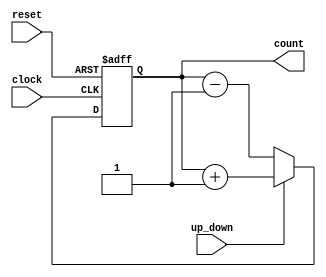
module UpDownCounter (
    input wire clock,
    input wire reset,
    input wire up_down,
    output reg [3:0] count
);

// Registers to store the count value
reg [3:0] count_reg;

always @(posedge clock or posedge reset) begin
    if (reset) begin
        count_reg <= 4'b0000; // Initial count value is 0
    end
    else begin
        if (up_down) begin
            count_reg <= count_reg + 1; // Increment count
        end
        else begin
            count_reg <= count_reg - 1; // Decrement count
        end
    end
end

assign count = count_reg;

endmodule